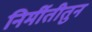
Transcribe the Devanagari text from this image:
निर्मीतीतुन